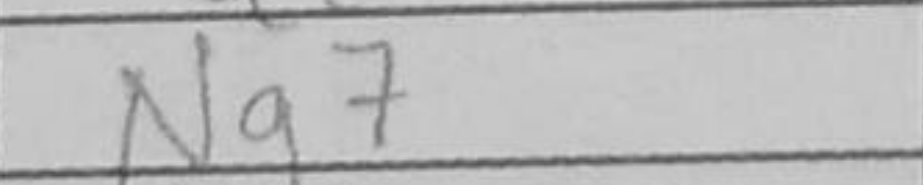
Transcription: Ng7